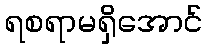
ရစရာမရှိအောင်